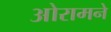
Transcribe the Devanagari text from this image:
ओरामने